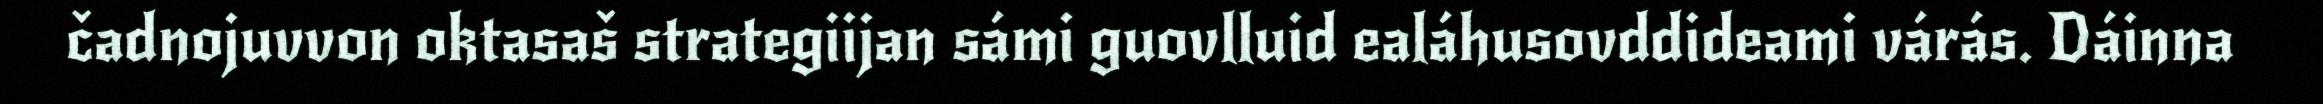
čadnojuvvon oktasaš strategiijan sámi guovlluid ealáhusovddideami várás. Dáinna